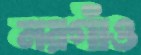
নরগাঁও